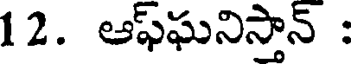
12. ఆఫ్ఘనిస్తాన్ :